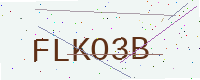
Text: FLKO3B